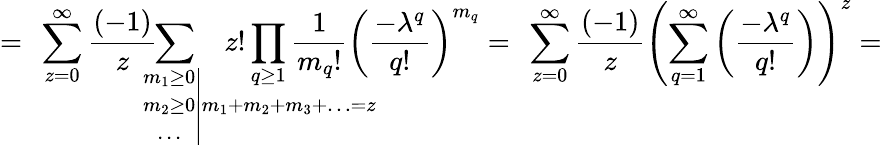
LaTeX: =\ \sum_{z=0}^{\infty}\frac{(-1)}{z}\! \! \! \! \! \! \! \! \! \! \! \! \! \! \! \! \! \! \! \! \! \! \! \! \! \! \! \! \! \! \! \! \! \! \! \! \! \! \! \! \sum_{\qquad\qquad\qquad\left.\begin{array}{c}{{m_{1}\geq 0}}\\ {{m_{2}\geq 0}}\\ {{\ldots}}\end{array}\right|m_{1}+m_{2}+m_{3}+\ldots=z}\! \! \! \! \! \! \! \! \! \! \! \! \! \! \! \! \! \! \! \! \! \! \! \! \! \! \! \! \! \! \! \! \! z!\prod_{q\geq 1}\frac{1}{m_{q}!}\left(\frac{-\lambda^{q}}{q!}\right)^{m_{q}}=\ \sum_{z=0}^{\infty}\frac{(-1)}{z}\left(\sum_{q=1}^{\infty}\left(\frac{-\lambda^{q}}{q!}\right)\right)^{z}=